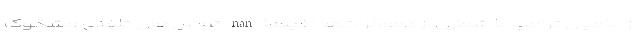
از حامیان ترامپ با شماری از دموکرات‌ها (فیلم) nan تماس‌های تلفنی مشکوک